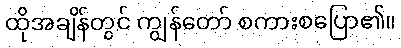
ထိုအချိန်တွင် ကျွန်တော် စကားစပြော၏။